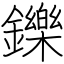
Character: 鑠